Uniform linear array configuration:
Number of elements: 48
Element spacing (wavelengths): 0.5
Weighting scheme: kaiser
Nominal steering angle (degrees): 0
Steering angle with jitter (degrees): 0.5596
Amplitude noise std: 0.05
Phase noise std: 0.05

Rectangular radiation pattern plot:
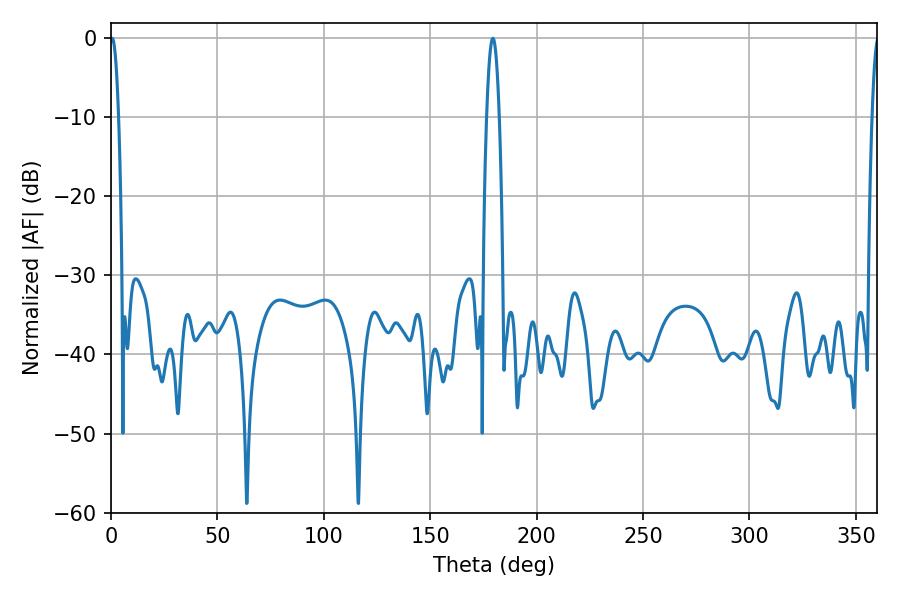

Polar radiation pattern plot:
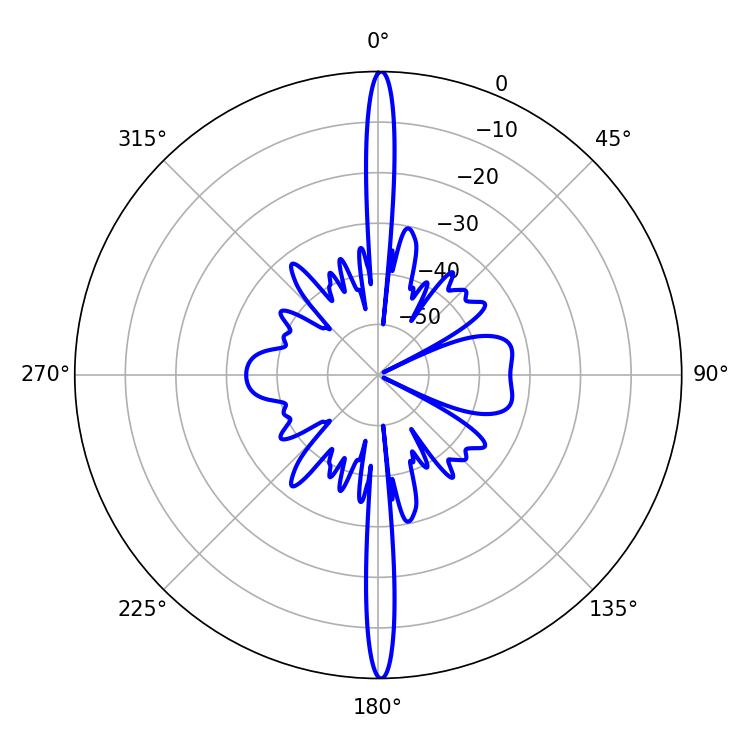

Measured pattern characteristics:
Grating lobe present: FALSE
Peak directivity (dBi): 31.638
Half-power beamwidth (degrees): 2.16
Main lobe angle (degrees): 0.54